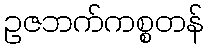
ဥဇဘက်ကစ္စတန်